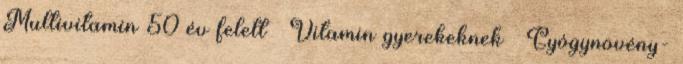
Multivitamin 50 év felett › Vitamin gyerekeknek › Gyógynövény-